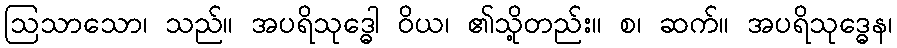
ဩသာသော၊ သည်။ အပရိသုဒ္ဓေါ ဝိယ၊ ၏သို့တည်း။ စ၊ ဆက်။ အပရိသုဒ္ဓေန၊